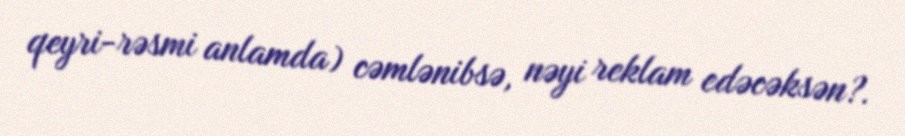
qeyri-rəsmi anlamda) cəmlənibsə, nəyi reklam edəcəksən?.